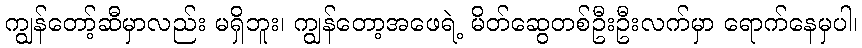
ကျွန်တော့်ဆီမှာလည်း မရှိဘူး၊ ကျွန်တော့အဖေရဲ့ မိတ်ဆွေတစ်ဦးဦးလက်မှာ ရောက်နေမှပါ၊